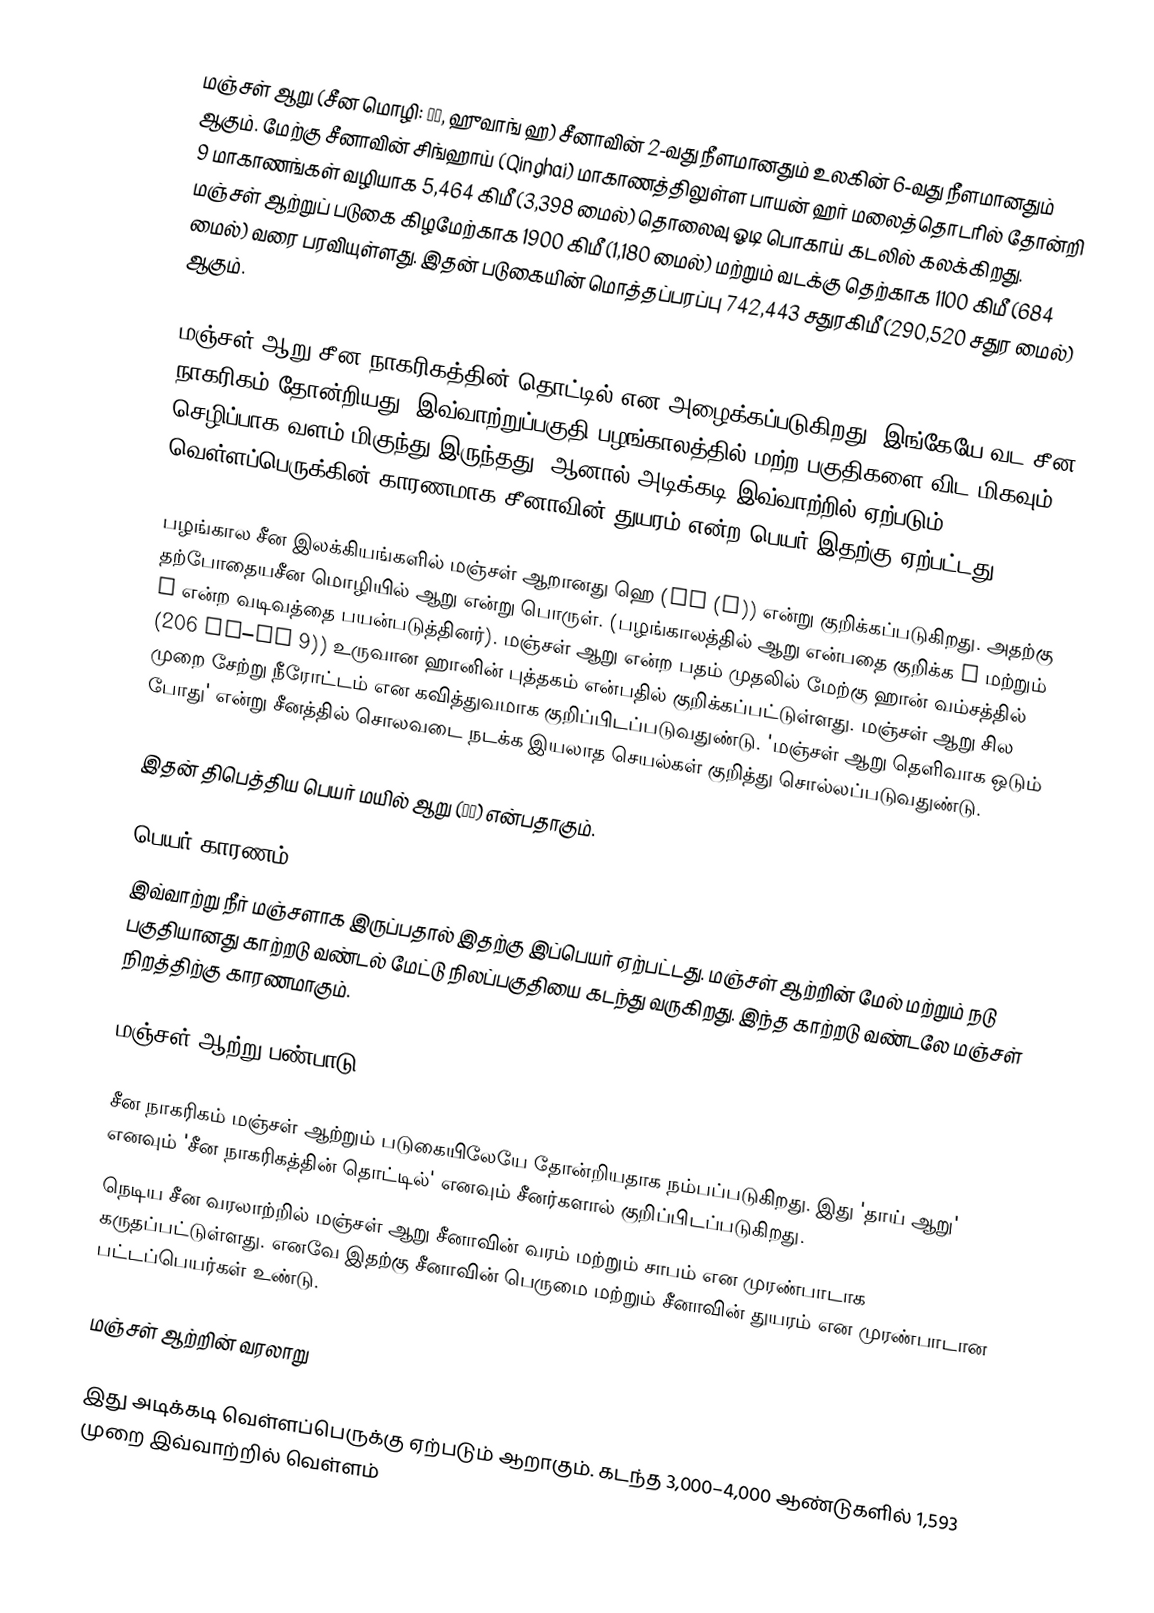
மஞ்சள் ஆறு (சீன மொழி: 黃河, ஹுவாங் ஹ) சீனாவின் 2-வது நீளமானதும் உலகின் 6-வது நீளமானதும் ஆகும். மேற்கு சீனாவின் சிங்ஹாய் (Qinghai) மாகாணத்திலுள்ள பாயன் ஹர் மலைத்தொடரில் தோன்றி 9 மாகாணங்கள் வழியாக 5,464 கிமீ (3,398 மைல்) தொலைவு ஓடி பொகாய் கடலில் கலக்கிறது. மஞ்சள் ஆற்றுப் படுகை கிழமேற்காக 1900 கிமீ (1,180 மைல்) மற்றும் வடக்கு தெற்காக 1100 கிமீ (684 மைல்) வரை பரவியுள்ளது. இதன் படுகையின் மொத்தப்பரப்பு 742,443 சதுரகிமீ (290,520 சதுர மைல்) ஆகும்.

மஞ்சள் ஆறு சீன நாகரிகத்தின் தொட்டில் என அழைக்கப்படுகிறது. இங்கேயே வட சீன நாகரிகம் தோன்றியது. இவ்வாற்றுப்பகுதி பழங்காலத்தில் மற்ற பகுதிகளை விட மிகவும் செழிப்பாக வளம் மிகுந்து இருந்தது. ஆனால் அடிக்கடி இவ்வாற்றில் ஏற்படும் வெள்ளப்பெருக்கின் காரணமாக சீனாவின் துயரம் என்ற பெயர் இதற்கு ஏற்பட்டது.

பழங்கால சீன இலக்கியங்களில் மஞ்சள் ஆறானது ஹெ (He (河)) என்று குறிக்கப்படுகிறது. அதற்கு தற்போதையசீன மொழியில் ஆறு என்று பொருள். (பழங்காலத்தில் ஆறு என்பதை குறிக்க 川 மற்றும் 水 என்ற வடிவத்தை பயன்படுத்தினர்). மஞ்சள் ஆறு என்ற பதம் முதலில் மேற்கு ஹான் வம்சத்தில் (206 BC–AD 9)) உருவான ஹானின் புத்தகம் என்பதில் குறிக்கப்பட்டுள்ளது. மஞ்சள் ஆறு சில முறை சேற்று நீரோட்டம் என கவித்துவமாக குறிப்பிடப்படுவதுண்டு.  'மஞ்சள் ஆறு தெளிவாக ஒடும் போது' என்று சீனத்தில் சொலவடை நடக்க இயலாத செயல்கள் குறித்து சொல்லப்படுவதுண்டு.

இதன் திபெத்திய பெயர் மயில் ஆறு (玛曲) என்பதாகும்.

பெயர் காரணம்
இவ்வாற்று நீர் மஞ்சளாக இருப்பதால் இதற்கு இப்பெயர் ஏற்பட்டது. மஞ்சள் ஆற்றின் மேல் மற்றும் நடு பகுதியானது காற்றடு வண்டல் மேட்டு நிலப்பகுதியை கடந்து வருகிறது. இந்த காற்றடு வண்டலே மஞ்சள் நிறத்திற்கு காரணமாகும்.

மஞ்சள் ஆற்று பண்பாடு

சீன நாகரிகம் மஞ்சள் ஆற்றும் படுகையிலேயே தோன்றியதாக நம்பப்படுகிறது. இது 'தாய் ஆறு' எனவும் 'சீன நாகரிகத்தின் தொட்டில்' எனவும் சீனர்களால் குறிப்பிடப்படுகிறது.
நெடிய சீன வரலாற்றில் மஞ்சள் ஆறு சீனாவின் வரம் மற்றும் சாபம் என முரண்பாடாக கருதப்பட்டுள்ளது. எனவே இதற்கு சீனாவின் பெருமை மற்றும் சீனாவின் துயரம் என முரண்பாடான பட்டப்பெயர்கள் உண்டு.

மஞ்சள் ஆற்றின் வரலாறு

இது அடிக்கடி வெள்ளப்பெருக்கு ஏற்படும் ஆறாகும். கடந்த 3,000–4,000 ஆண்டுகளில் 1,593 முறை இவ்வாற்றில் வெள்ளம்